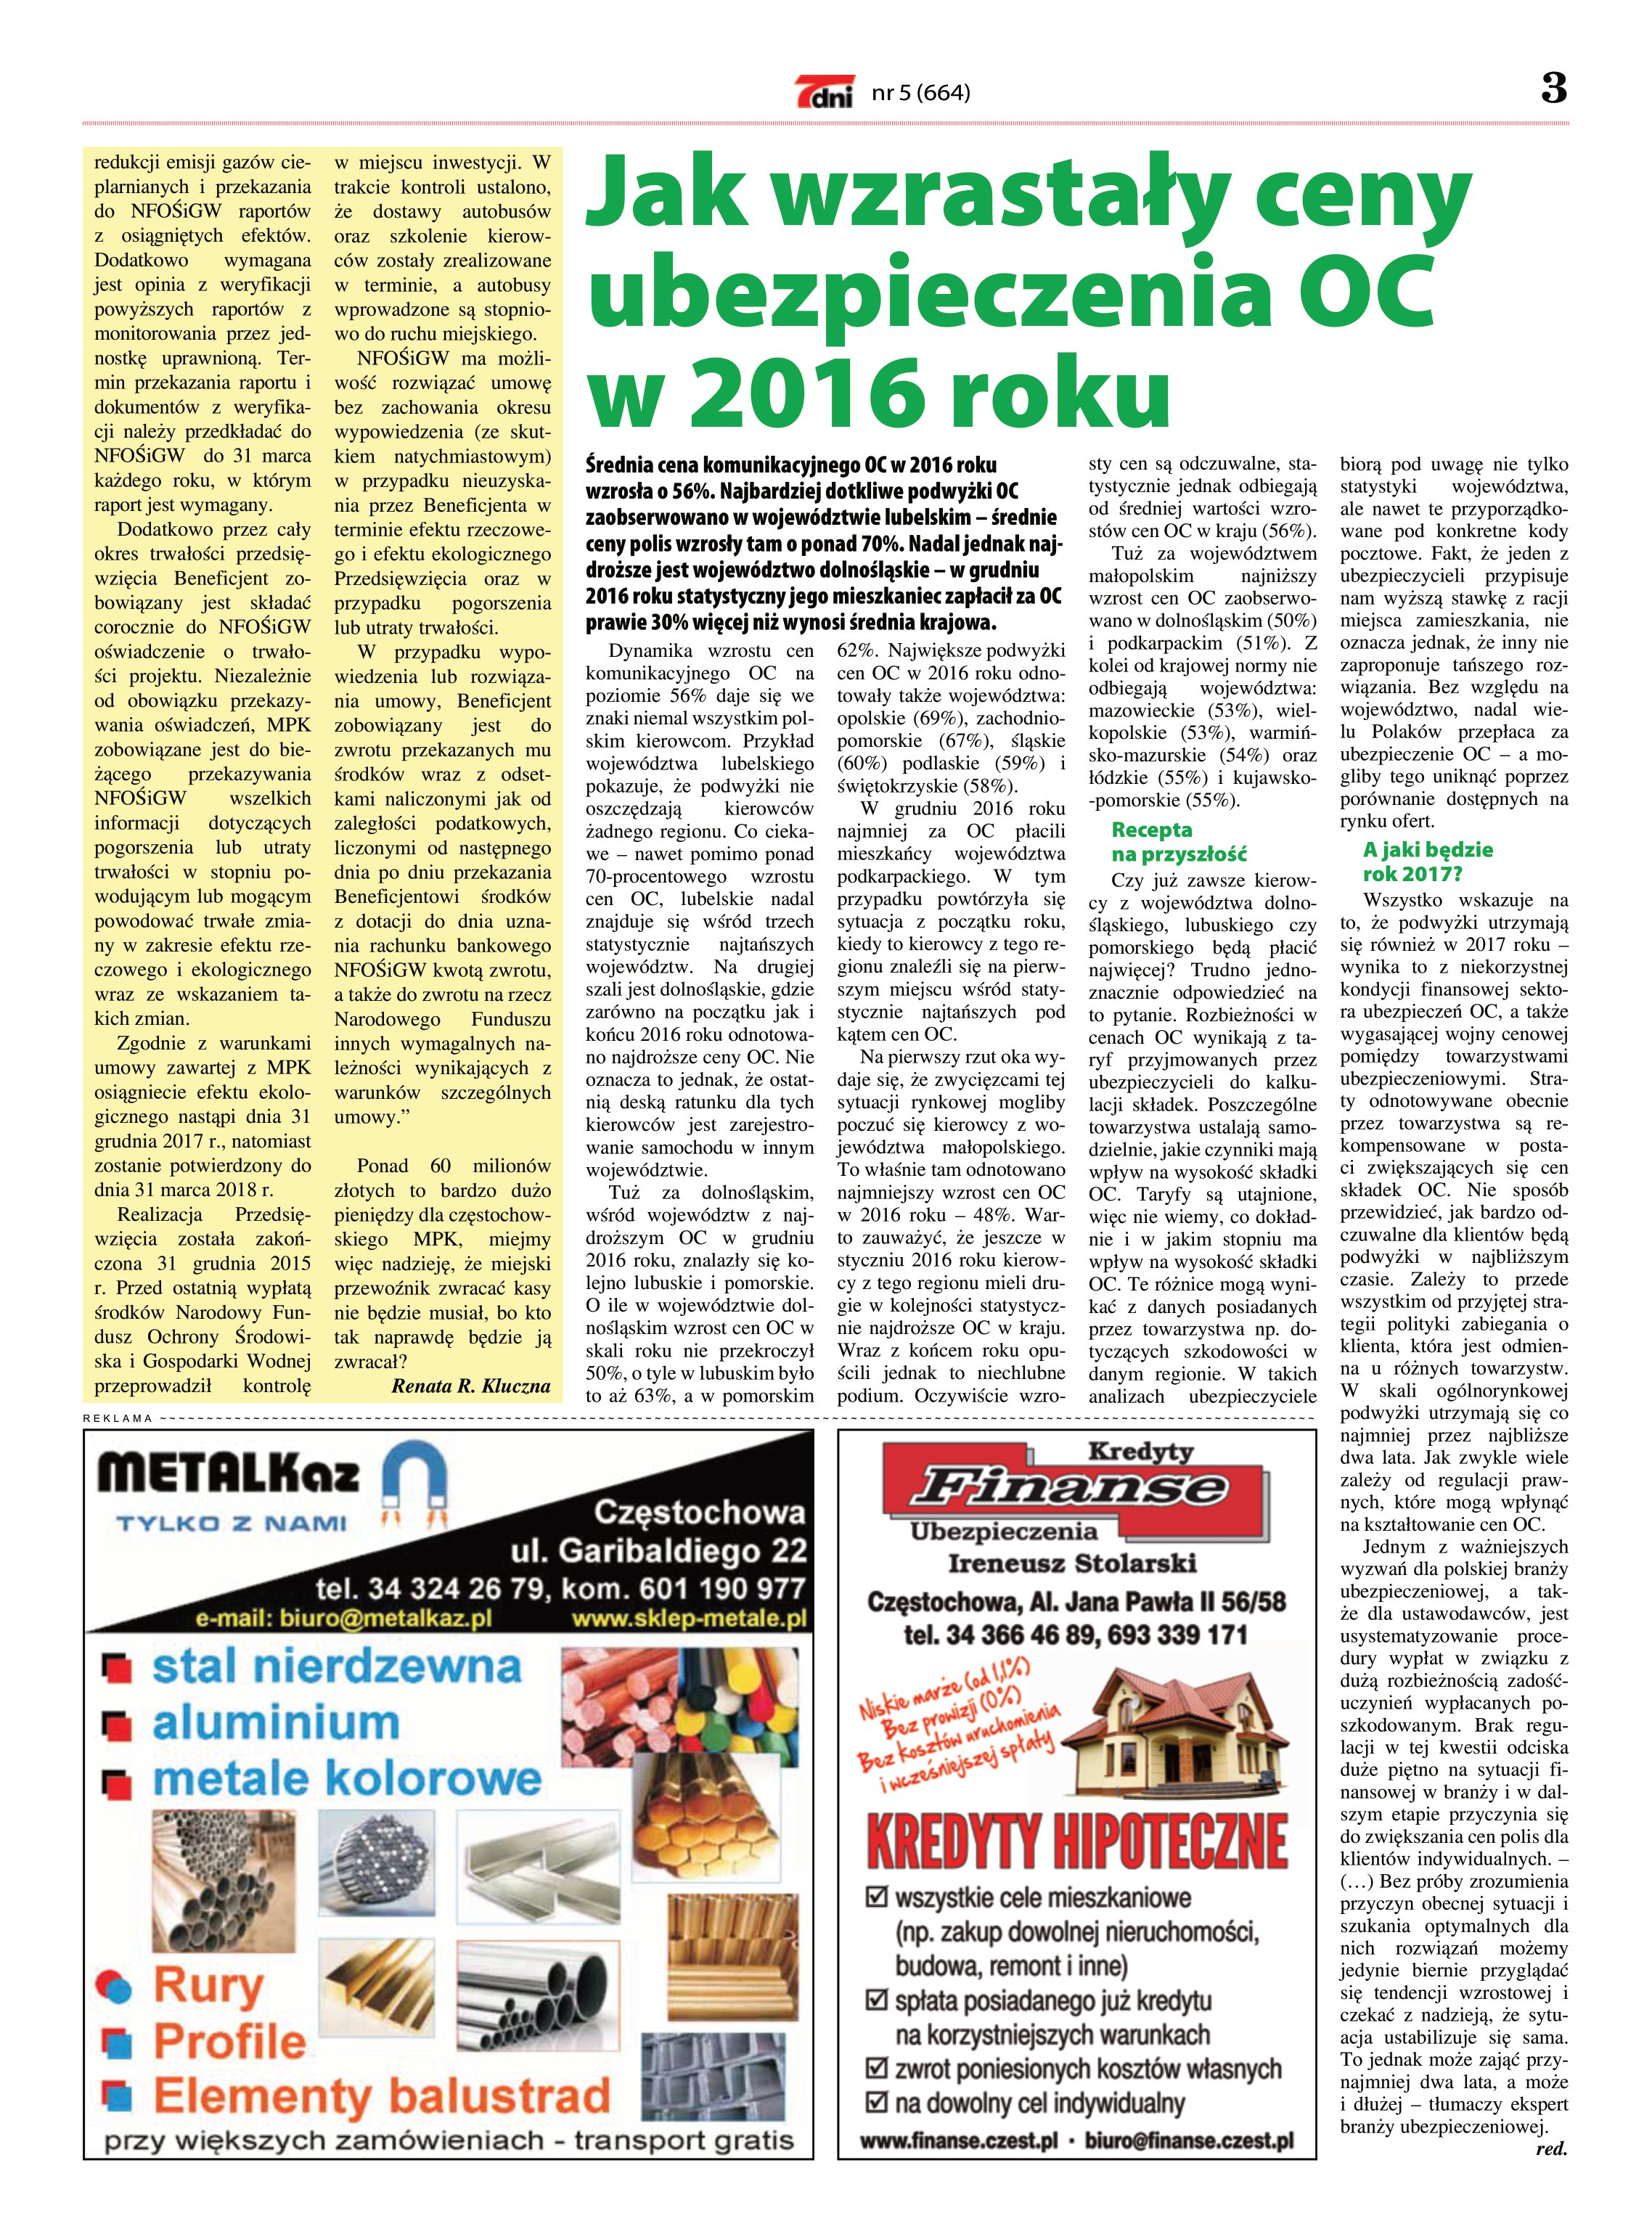
Language: pl